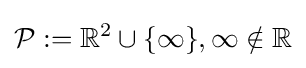
{\mathcal {P}}:=\mathbb {R} ^{2}\cup \{\infty \},\infty \notin \mathbb {R}